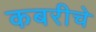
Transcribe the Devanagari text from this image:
कबरीचे